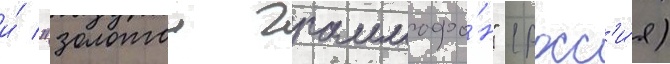
и́ "золотои граммофо́н" (росс'и́я)